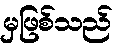
မှဖြစ်သည်